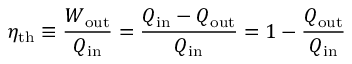
\eta _ { \mathrm { { t h } } } \equiv { \frac { W _ { \mathrm { { o u t } } } } { Q _ { \mathrm { { i n } } } } } = { \frac { { Q _ { \mathrm { { i n } } } } - Q _ { \mathrm { { o u t } } } } { Q _ { \mathrm { { i n } } } } } = 1 - { \frac { Q _ { \mathrm { { o u t } } } } { Q _ { \mathrm { { i n } } } } }